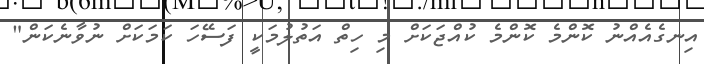
އިނގެއެއްނު ކޮންމެ ކޮންމެ ކުއްޖަކަށް މި ހިތް އަތުލުމަކީ ފަސޭހަ ކަމަކަށް ނުވާނެކަން"